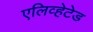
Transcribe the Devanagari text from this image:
एलिव्हेटेड